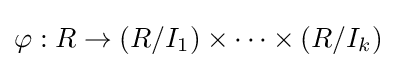
\varphi :R\to (R/I_{1})\times \cdots \times (R/I_{k})